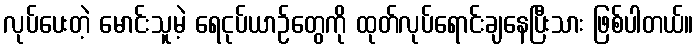
လုပ်ပေးတဲ့ မောင်းသူမဲ့ ရေငုပ်ယာဉ်တွေကို ထုတ်လုပ်ရောင်းချနေပြီးသား ဖြစ်ပါတယ်။